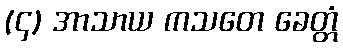
(၄) အာသာယ ကသတေ ခေတ္တံ